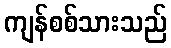
ကျန်စစ်သားသည်